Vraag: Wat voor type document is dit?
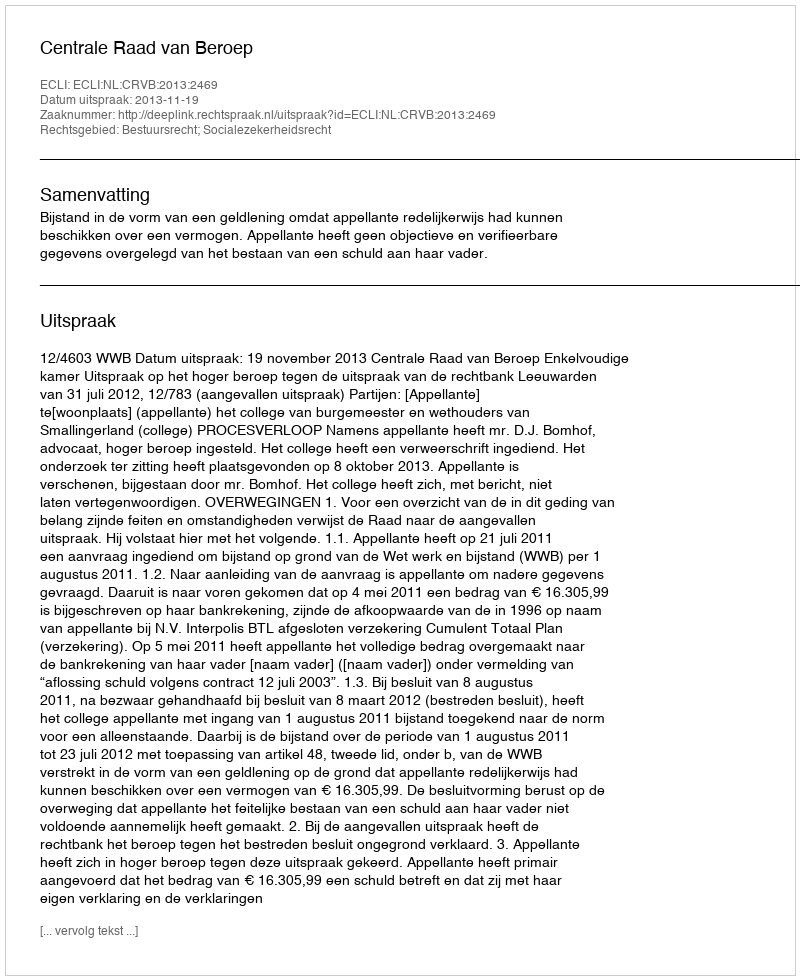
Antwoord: Uitspraak